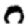
Digit: 0